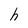
Character: h